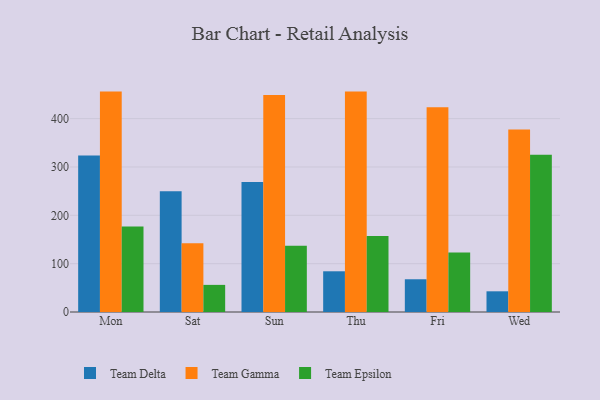
{"axis": {"x": "Day", "y": "Budget (USD K)"}, "legend": ["Team Delta", "Team Epsilon", "Team Gamma"], "data": [{"x": "Mon", "y": 323.6, "type": "Team Delta"}, {"x": "Mon", "y": 455.9, "type": "Team Gamma"}, {"x": "Mon", "y": 176.8, "type": "Team Epsilon"}, {"x": "Sat", "y": 249.8, "type": "Team Delta"}, {"x": "Sat", "y": 142.0, "type": "Team Gamma"}, {"x": "Sat", "y": 56.1, "type": "Team Epsilon"}, {"x": "Sun", "y": 268.9, "type": "Team Delta"}, {"x": "Sun", "y": 449.1, "type": "Team Gamma"}, {"x": "Sun", "y": 136.9, "type": "Team Epsilon"}, {"x": "Thu", "y": 84.2, "type": "Team Delta"}, {"x": "Thu", "y": 455.9, "type": "Team Gamma"}, {"x": "Thu", "y": 157.0, "type": "Team Epsilon"}, {"x": "Fri", "y": 67.7, "type": "Team Delta"}, {"x": "Fri", "y": 423.5, "type": "Team Gamma"}, {"x": "Fri", "y": 123.0, "type": "Team Epsilon"}, {"x": "Wed", "y": 42.8, "type": "Team Delta"}, {"x": "Wed", "y": 377.5, "type": "Team Gamma"}, {"x": "Wed", "y": 325.3, "type": "Team Epsilon"}]}